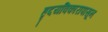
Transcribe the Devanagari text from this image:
हृदयविकारापासून